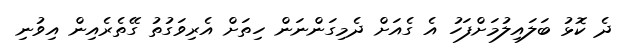
ދެ ކޮޅު ބަލައިލުމަށްފަހު އެ ގެއަށް ދެމިގަންނަން ހިތަށް އެރިވަގުތު ގޭތެރެއިން އިވުނި